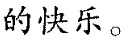
的快乐。